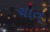
ચાત